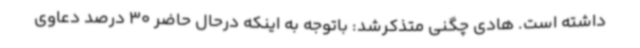
داشته است. هادی چگنی متذکرشد: باتوجه به اینکه درحال حاضر 30 درصد دعاوی